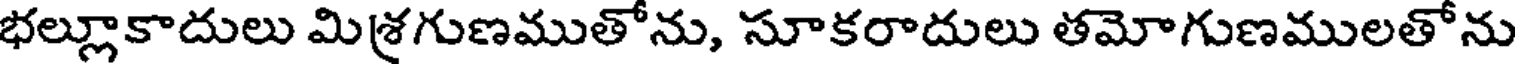
భల్లూకాదులు మిశ్రగుణముతోను, సూకరాదులు తమోగుణములతోను